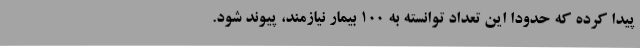
پیدا کرده که حدودا این تعداد توانسته به 100 بیمار نیازمند، پیوند شود.